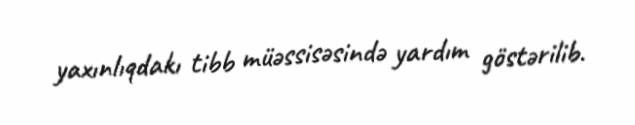
yaxınlıqdakı tibb müəssisəsində yardım göstərilib.